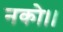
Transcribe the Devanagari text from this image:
नको।।